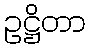
ဥဋ္ဌိတာ